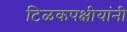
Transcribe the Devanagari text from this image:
टिळकपक्षीयांनी